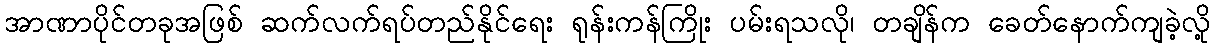
အာဏာပိုင်တခုအဖြစ် ဆက်လက်ရပ်တည်နိုင်ရေး ရုန်းကန်ကြိုး ပမ်းရသလို၊ တချိန်က ခေတ်နောက်ကျခဲ့လို့